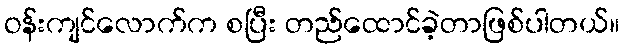
ဝန်းကျင်လောက်က စပြီး တည်ထောင်ခဲ့တာဖြစ်ပါတယ်။